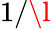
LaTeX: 1/\l